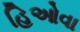
હિઓવા